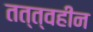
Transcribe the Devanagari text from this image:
तत्त्वहीन